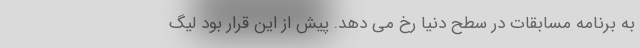
به برنامه مسابقات در سطح دنیا رخ می دهد. پیش از این قرار بود لیگ